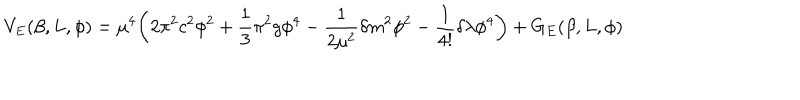
LaTeX: V _ { E } ( \beta , L , \phi ) = \mu ^ { 4 } \biggl ( 2 \pi ^ { 2 } c ^ { 2 } \phi ^ { 2 } + \frac { 1 } { 3 } \pi ^ { 2 } g \phi ^ { 4 } - \frac { 1 } { 2 \mu ^ { 2 } } \delta m ^ { 2 } \phi ^ { 2 } - \frac { 1 } { 4 ! } \delta \lambda \phi ^ { 4 } \biggr ) + G _ { E } ( \beta , L , \phi )